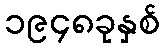
၁၉၄၈ခုနှစ်